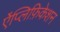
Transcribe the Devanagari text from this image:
ऐंप्लिफ़िकेशन